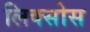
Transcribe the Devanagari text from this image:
लिक्सोस